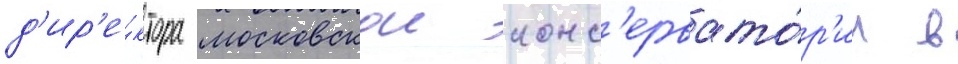
д'ир'е́ктора московскои конс'ервато́р'ии в